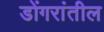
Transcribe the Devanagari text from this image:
डोंगरांतील